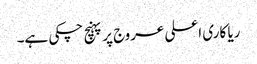
ریا کاری اعلی عروج پر پہنچ چکی ہے۔